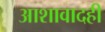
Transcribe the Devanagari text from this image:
आशावादही